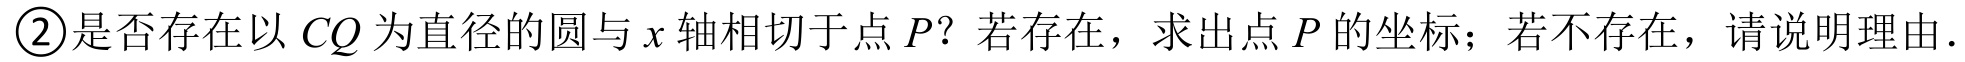
\textcircled{2}是否存在以 \(CQ\) 为直径的圆与 \(x\) 轴相切于点 \(P\)？若存在，求出点 \(P\) 的坐标；若不存在，请说明理由.